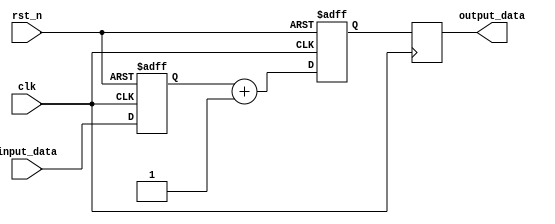
module ParameterFocusedInitialization #(
    parameter integer INIT_VALUE_1 = 8'h00, // Default initialization value for register 1
    parameter integer INIT_VALUE_2 = 8'hFF  // Default initialization value for register 2
)(
    input wire clk,               // Clock signal
    input wire rst_n,            // Active-low reset signal
    input wire [7:0] input_data, // Sample input data for demonstration
    output reg [7:0] output_data  // Sample output data
);

    // Internal registers
    reg [7:0] reg1; // Register 1
    reg [7:0] reg2; // Register 2

    // Initialization block
    initial begin
        reg1 = INIT_VALUE_1; // Assign initial value to reg1
        reg2 = INIT_VALUE_2; // Assign initial value to reg2
    end

    // Reset condition
    always @(posedge clk or negedge rst_n) begin
        if (!rst_n) begin
            reg1 <= INIT_VALUE_1; // Reset reg1 to initial value
            reg2 <= INIT_VALUE_2; // Reset reg2 to initial value
        end else begin
            // Example behavior: Simple data processing
            reg1 <= input_data; // Update reg1 with input_data
            reg2 <= reg1 + 8'h01; // Increment reg1 and store in reg2
        end
    end

    // Output logic
    always @(posedge clk) begin
        output_data <= reg2; // Output the value of reg2
    end

endmodule